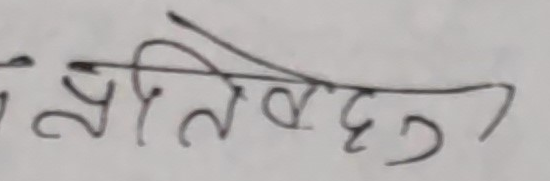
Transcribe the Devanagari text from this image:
प्रतिवेदन